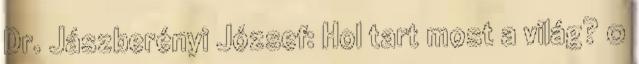
Dr. Jászberényi József: Hol tart most a világ? 0